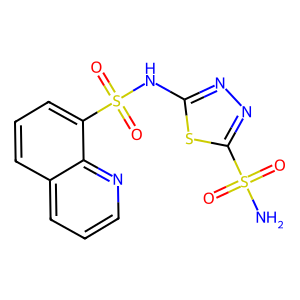
SMILES: NS(=O)(=O)c1nnc(NS(=O)(=O)c2cccc3cccnc23)s1
Inhibits HIV replication: No